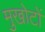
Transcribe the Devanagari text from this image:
मुखोटों